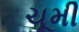
ચૂમી